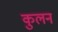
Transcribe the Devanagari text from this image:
कुलन